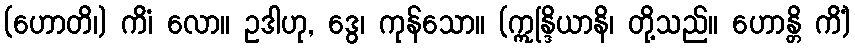
(ဟောတိ၊) ကိံ၊ လော။ ဥဒါဟု, ဒွေ၊ ကုန်သော။ (ဣန္ဒြိယာနိ၊ တို့သည်။ ဟောန္တိ ကိံ)